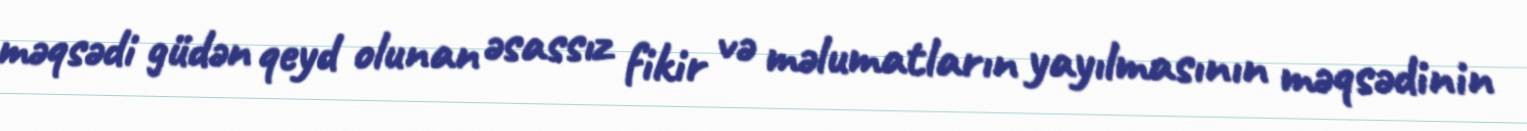
məqsədi güdən qeyd olunan əsassız fikir və məlumatların yayılmasının məqsədinin